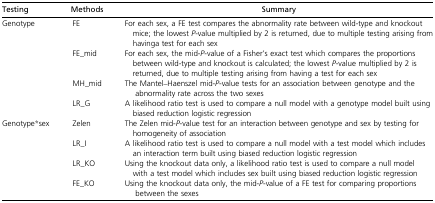
<table><thead><tr><td><b>Testing</b></td><td><b>Methods</b></td><td><b>Summary</b></td></tr></thead><tbody><tr><td rowspan="4">Genotype</td><td>FE</td><td>For each sex, a FE test compares the abnormality rate between wild-type and knockout mice; the lowest <i>P</i>-value multiplied by 2 is returned, due to multiple testing arising from havinga test for each sex</td></tr><tr><td>FE_mid</td><td>For each sex, the mid-<i>P</i>-value of a Fisher’s exact test which compares the proportions between wild-type and knockout is calculated; the lowest <i>P</i>-value multiplied by 2 is returned, due to multiple testing arising from having a test for each sex</td></tr><tr><td>MH_mid</td><td>The Mantel–Haenszel mid-<i>P</i>-value tests for an association between genotype and the abnormality rate across the two sexes</td></tr><tr><td>LR_G</td><td>A likelihood ratio test is used to compare a null model with a genotype model built using biased reduction logistic regression</td></tr><tr><td rowspan="4">Genotype*sex</td><td>Zelen</td><td>The Zelen mid-<i>P</i>-value test for an interaction between genotype and sex by testing for homogeneity of association</td></tr><tr><td>LR_I</td><td>A likelihood ratio test is used to compare a null model with a test model which includes an interaction term built using biased reduction logistic regression</td></tr><tr><td>LR_KO</td><td>Using the knockout data only, a likelihood ratio test is used to compare a null model with a test model which includes sex built using biased reduction logistic regression</td></tr><tr><td>FE_KO</td><td>Using the knockout data only, the mid-<i>P</i>-value of a FE test for comparing proportions between the sexes</td></tr></tbody></table>